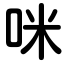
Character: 咪